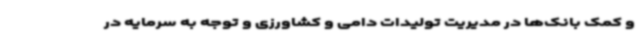
و کمک بانک‌ها در مدیریت تولیدات دامی و کشاورزی و توجه به سرمایه در